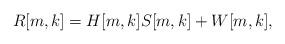
LaTeX: \begin{align*}R[m,k] &= H[m,k]S[m,k] + W[m,k],\end{align*}